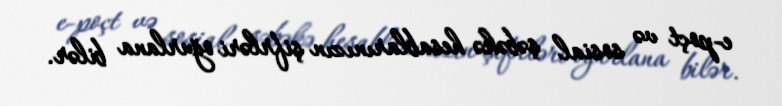
e-poçt və sosial şəbəkə hesablarınızın şifrləri oğurlana bilər.